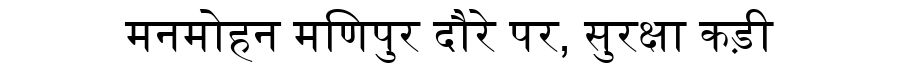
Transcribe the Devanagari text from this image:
मनमोहन मणिपुर दौरे पर, सुरक्षा कड़ी